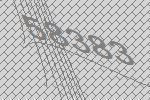
58383